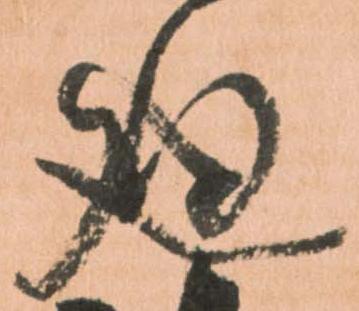
廻